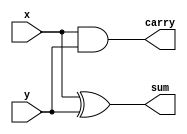
`timescale 1ns / 1ps

//////////////////////////////////////////////////////////////////////////////////
// 
// Module Name: half_adder.v
// Project Name: FullAdder
// Tool Versions: Vivado 2019.1
// Description: Full Adder using a Half Adder
// 
// Dependencies:
// 
// Revision:
// Revision 0.01 - File Created
// Additional Comments:
// 
//////////////////////////////////////////////////////////////////////////////////

module half_adder (
    input x,y,
    output sum,carry
);

assign sum = x ^ y;
assign carry = x & y;

endmodule